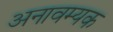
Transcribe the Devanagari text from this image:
अनावम्यक